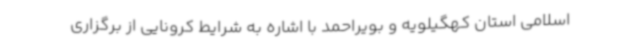
اسلامی استان کهگیلویه و بویراحمد با اشاره به شرایط کرونایی از برگزاری